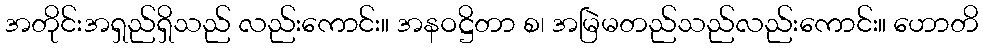
အတိုင်းအရှည်ရှိသည် လည်းကောင်း။ အနဝဋ္ဌိတာ စ၊ အမြဲမတည်သည်လည်းကောင်း။ ဟောတိ